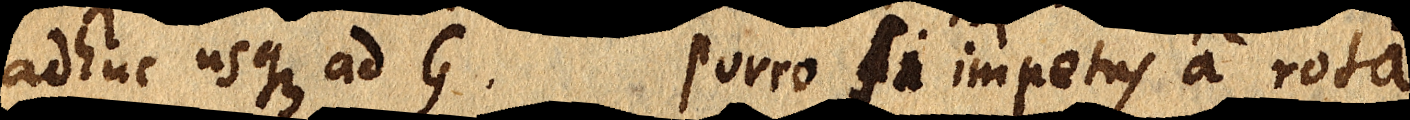
adhuc usque ad G. Porro sie impetus a rota